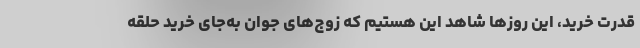
قدرت خرید، این روزها شاهد این هستیم که زوج‌های جوان به‌جای خرید حلقه